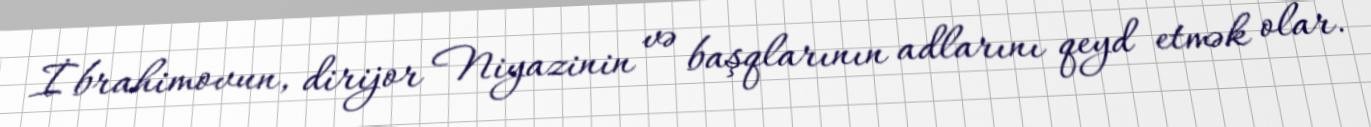
İbrahimovun, dirijor Niyazinin və başqlarının adlarını qeyd etmək olar.